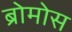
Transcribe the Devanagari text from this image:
ब्रोमोस